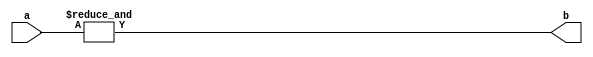

module ander(a,b);
parameter n = 8;
input [n-1:0]a;
output b;

assign b = &(a);

endmodule


module tb_ander();
parameter n = 8;
reg [n-1:0] a;
wire b;

ander ttb (.a(a),.b(b));

initial begin 
	a = 255;
#10 	a = 254;

end
endmodule